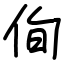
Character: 侚